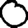
Digit: 0